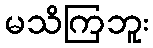
မသိကြဘူး